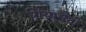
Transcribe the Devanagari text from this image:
गियामैटी